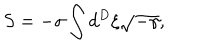
S = - \sigma \int d ^ { D } \xi \sqrt { - \gamma } ,